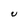
Character: U